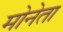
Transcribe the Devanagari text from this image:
मोनेता